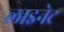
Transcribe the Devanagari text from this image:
लाइनेट